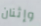
وإثنان